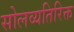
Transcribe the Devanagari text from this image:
सोलव्यतिरिक्त